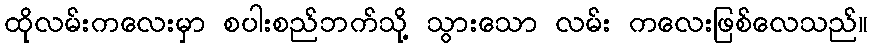
ထိုလမ်းကလေးမှာ စပါးစည်ဘက်သို့ သွားသော လမ်း ကလေးဖြစ်လေသည်။